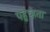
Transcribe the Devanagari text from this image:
पहुच्हता